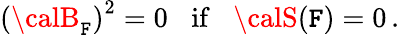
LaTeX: \left({\calB}_{{\cal\mathtt{F}}}\right)^{2}=0\; \; \; {\mathrm{{if}}}\; \; \; {\calS}({\cal\mathtt{F}})=0\, .